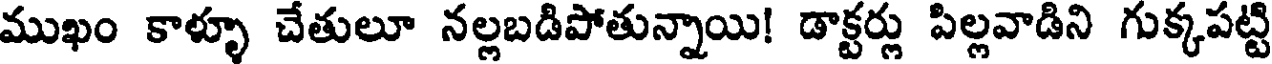
ముఖం కాళ్ళూ చేతులూ నల్లబడిపోతున్నాయి! డాక్టర్లు పిల్లవాడిని గుక్కపట్టి